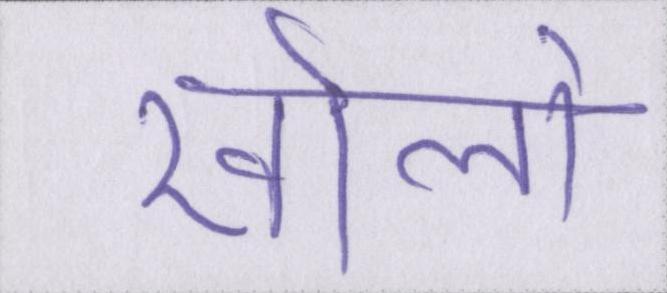
खोलो